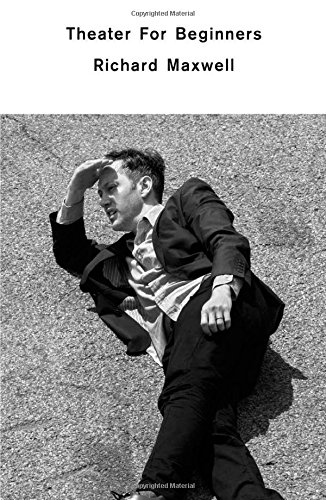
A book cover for Theater for Beginners; Richard Maxwell; Humor & Entertainment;